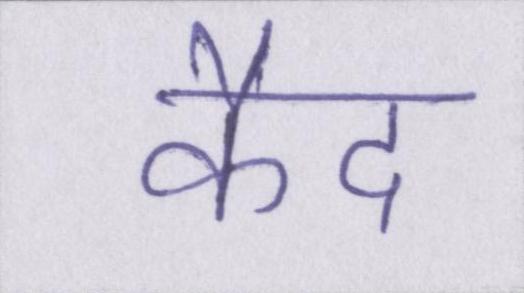
कैद